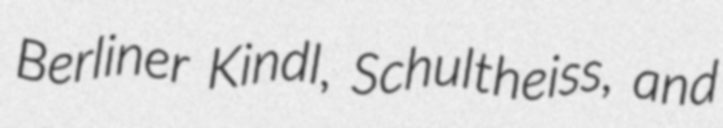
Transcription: Berliner Kindl, Schultheiss, and